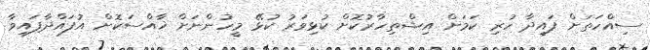
ސިއްހަތަށް ފައިދާ ހުރި ކަމަށް އިޝްތިހާރުކޮށް ކުޅިވަރު ކުޅޭ މީހުންނަށް ޚާއްސަކޮށް އުފައްދާފައިވާ